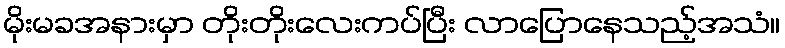
မိုးမခအနားမှာ တိုးတိုးလေးကပ်ပြီး လာပြောနေသည့်အသံ။